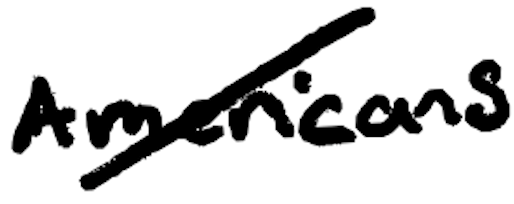
Text: Americans
Cross-out: diagonal
Writing tool: digital_black